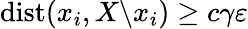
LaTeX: \mathrm{dist}(x_{i},X\backslash x_{i})\geq c\gamma\varepsilon